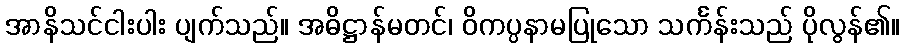
အာနိသင်ငါးပါး ပျက်သည်။ အဓိဋ္ဌာန်မတင်၊ ဝိကပ္ပနာမပြုသော သင်္ကန်းသည် ပိုလွန်၏။